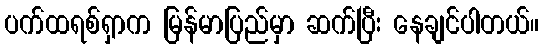
ပက်ထရစ်ရှာက မြန်မာပြည်မှာ ဆက်ပြီး နေချင်ပါတယ်။